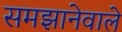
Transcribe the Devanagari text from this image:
समझानेवाले